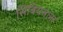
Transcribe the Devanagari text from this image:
सिंबियनला